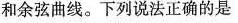
和余弦曲线。下列说法正确的是